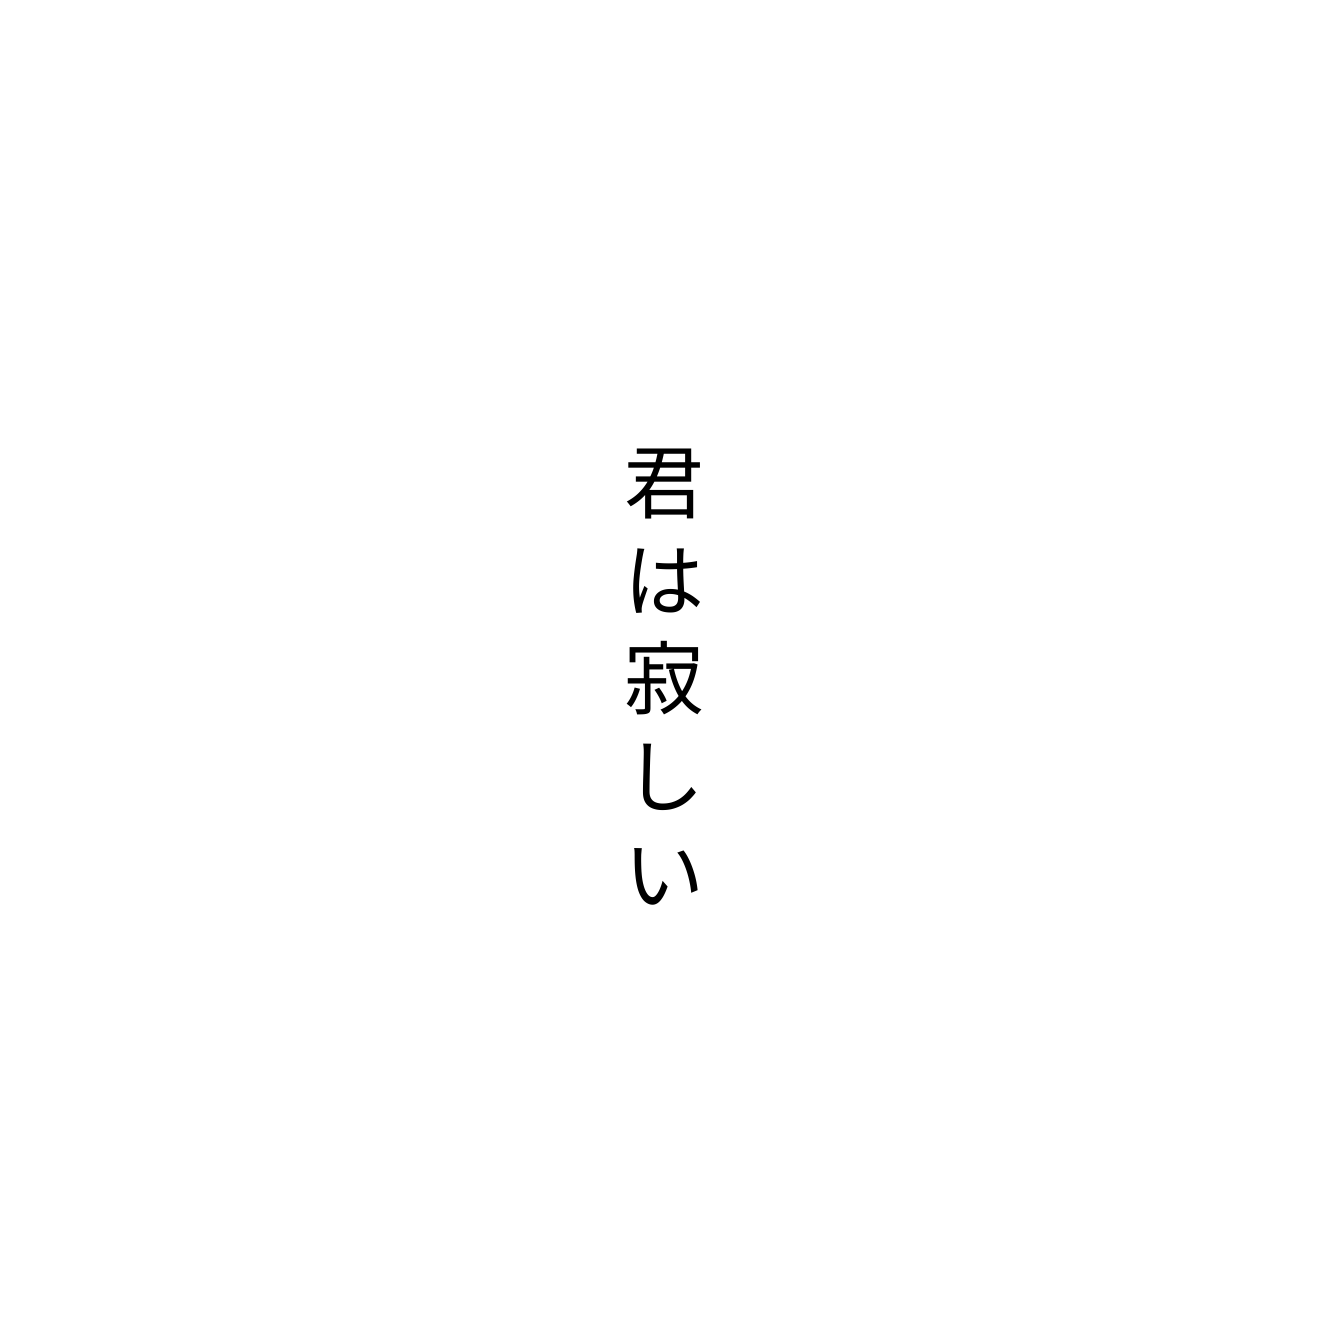
君は寂しい